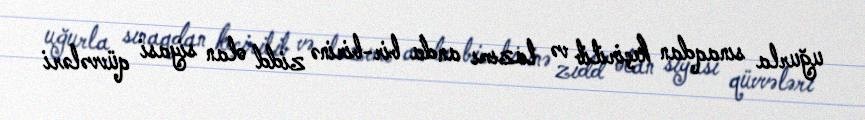
uğurla sınaqdan keçirilib və lazımı anda bir-birinə zidd olan siyasi qüvvələri